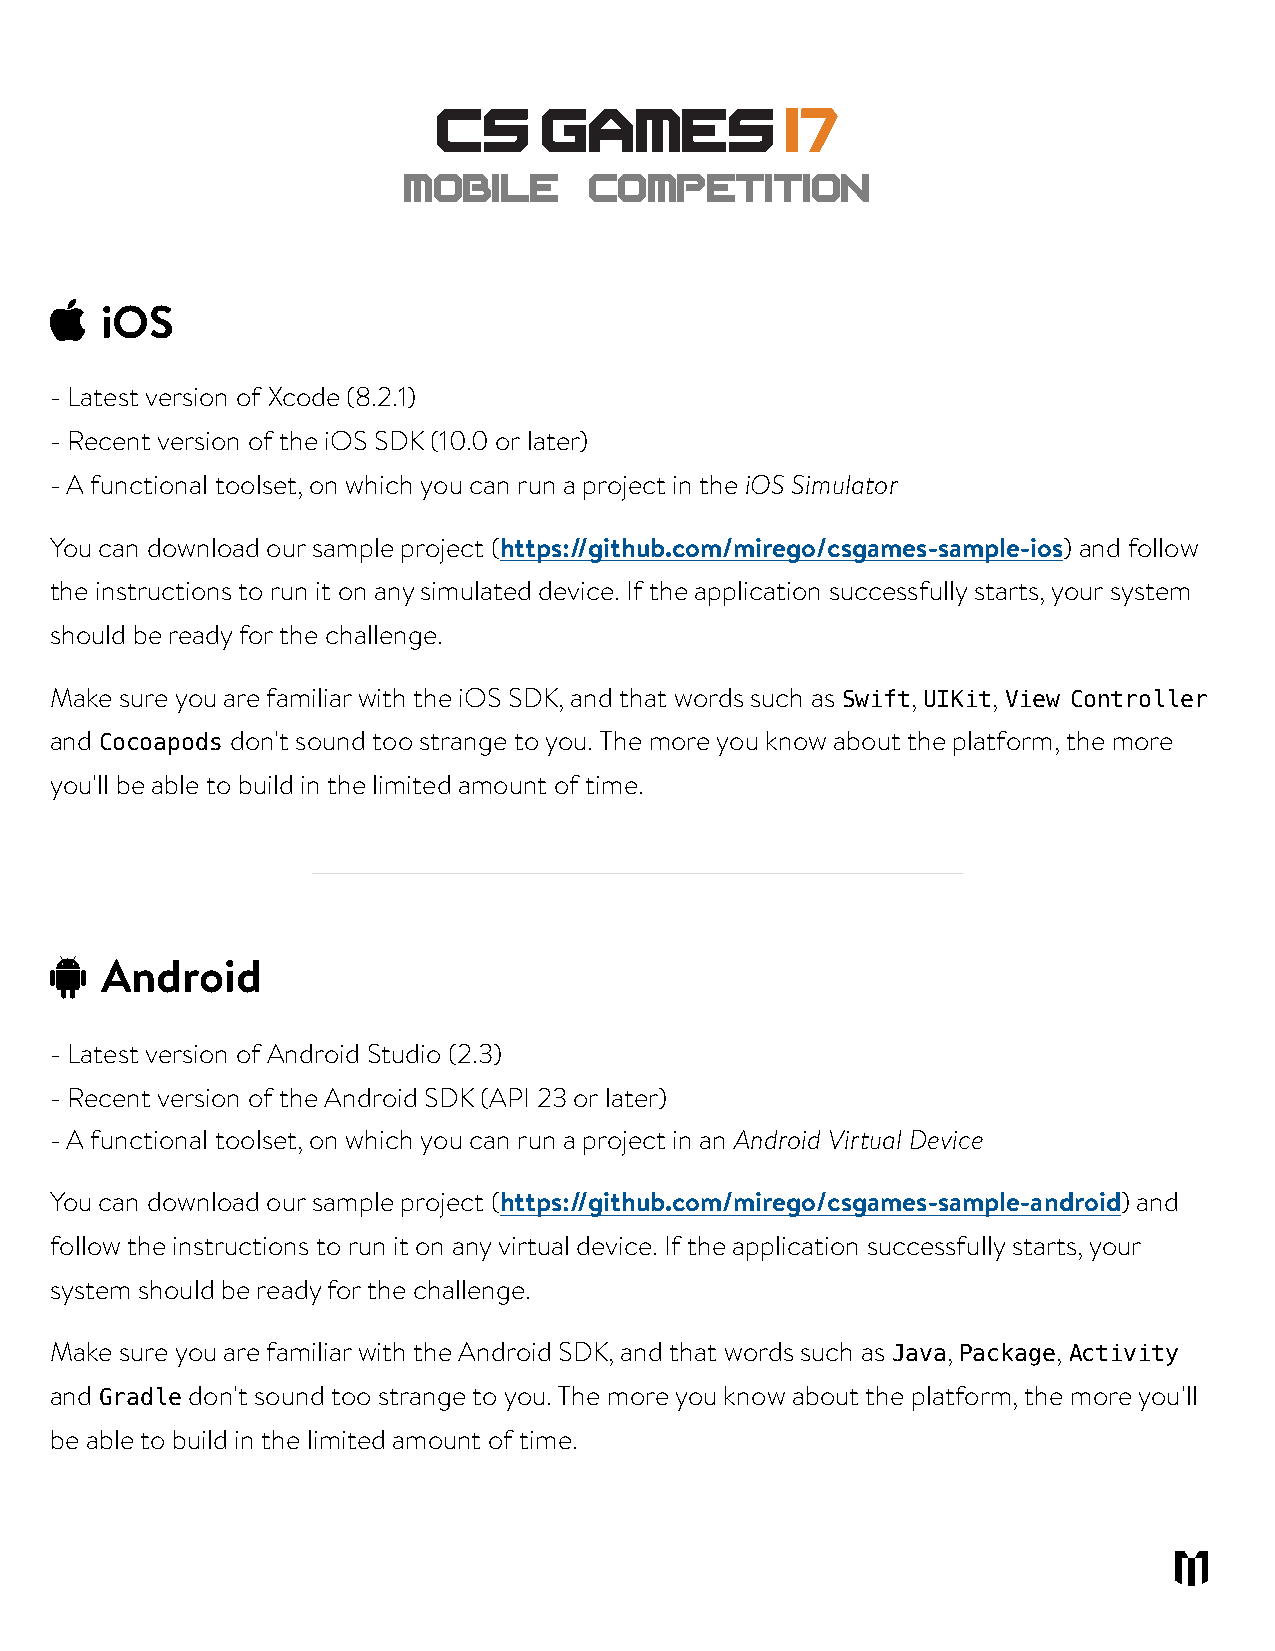
MOBILE      COMPETITION
 
 iOS
 - Latest version of Xcode (8.2.1)
 - Recent version of the iOS SDK (10.0 or later)
 - A functional toolset, on which you can run a project in the iOS Simulator
 You can download our sample project (https://github.com/mirego/csgames-sample-ios) and follow
 the instructions to run it on any simulated device. If the application successfully starts, your system
 should be ready for the challenge.
 Make sure you are familiar with the iOS SDK, and that words such as Swift, UIKit, View Controller
 and Cocoapods don't sound too strange to you. The more you know about the platform, the more
 you'll be able to build in the limited amount of time.
 "
 Android
 - Latest version of Android Studio (2.3)
 - Recent version of the Android SDK (API 23 or later)
 - A functional toolset, on which you can run a project in an Android Virtual Device
 You can download our sample project (https://github.com/mirego/csgames-sample-android) and
 follow the instructions to run it on any virtual device. If the application successfully starts, your
 system should be ready for the challenge.
 Make sure you are familiar with the Android SDK, and that words such as Java, Package, Activity
 and Gradle don't sound too strange to you. The more you know about the platform, the more you'll
 be able to build in the limited amount of time.